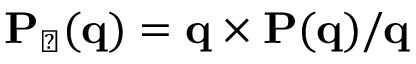
{ \bf P } _ { \perp } ( { \bf q } ) = { \bf q } \times { \bf P } ( \bf q ) / q